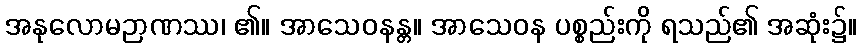
အနုလောမဉာဏဿ၊ ၏။ အာသေဝနန္တ။ အာသေဝန ပစ္စည်းကို ရသည်၏ အဆုံး၌။